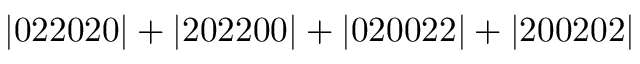
\mathrm { | 0 2 2 0 2 0 | + | 2 0 2 2 0 0 | + | 0 2 0 0 2 2 | + | 2 0 0 2 0 2 | }